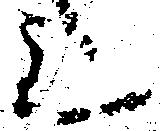
シ